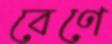
বেণে